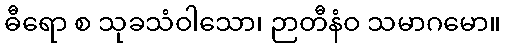
ဓီရော စ သုခသံဝါသော၊ ဉာတီနံဝ သမာဂမော။